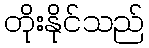
တိုးနိုင်သည်